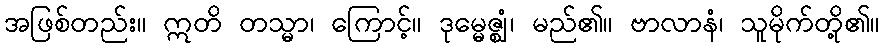
အဖြစ်တည်း။ ဣတိ တသ္မာ၊ ကြောင့်။ ဒုမ္မေဇ္ဈံ၊ မည်၏။ ဗာလာနံ၊ သူမိုက်တို့၏။